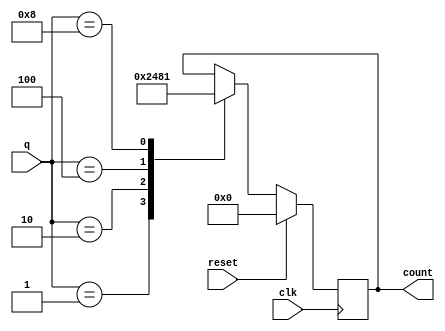
module name(clk,reset,q,count);
input clk,reset;
input [3:0]q;
output reg [3:0]count;

always @(posedge clk)
begin
    if(reset==1'b1)
        count<=4'b0000;
    else 
        begin
            case({q})
            4'b0001: count<=4'b0010;
            4'b0010: count<=4'b0100;
            4'b0100: count<=4'b1000;
            4'b1000: count<=4'b0001;
            endcase
        end 
end
endmodule